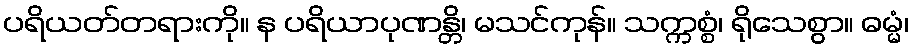
ပရိယတ်တရားကို။ န ပရိယာပုဏန္တိ၊ မသင်ကုန်။ သက္ကစ္စံ၊ ရိုသေစွာ။ ဓမ္မံ၊